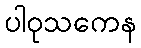
ပါဝုသကေန